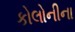
કોલોનીના